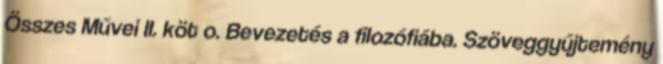
Összes Művei II. köt o. Bevezetés a filozófiába. Szöveggyűjtemény